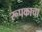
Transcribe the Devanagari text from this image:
रूपकाचा